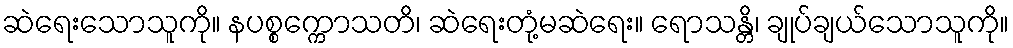
ဆဲရေးသောသူကို။ နပစ္စက္ကောသတိ၊ ဆဲရေးတုံ့မဆဲရေး။ ရောသန္တိ၊ ချုပ်ချယ်သောသူကို။